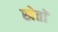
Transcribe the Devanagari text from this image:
खेताें